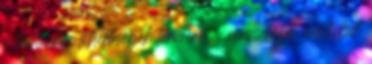
a technikai lehetőségek terveiről : nincs több adat, lsd.